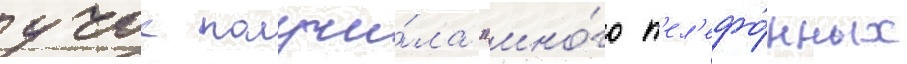
учок получи́ла "мно́го т'ел'ефо́нных